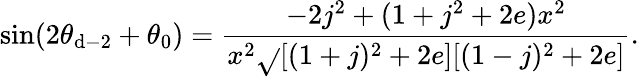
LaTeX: \sin(2\theta_{\mathrm{d}-2}+\theta_{0})=\frac{{-2j^{2}+(1+j^{2}+2e)x^{2}}}{{x^{2}\sqrt{}{{[(1+j)^{2}+2e][(1-j)^{2}+2e]}}}}.